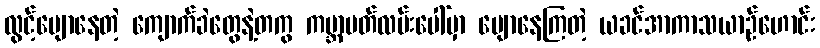
လွင့်မျောနေတဲ့ ကျောက်ခဲတွေနဲ့တကွ ကမ္ဘာပတ်လမ်းပေါ်မှာ မျောနေကြတဲ့ ယခင်အာကာသယာဉ်ဟောင်း